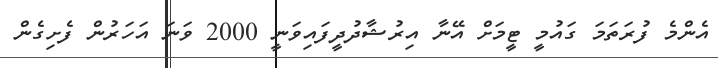
އެންމެ ފުރަތަމަ ގައުމީ ޓީމަށް އޭނާ އިރުޝާދުދީފައިވަނީ 2000 ވަނަ އަހަރުން ފެށިގެން